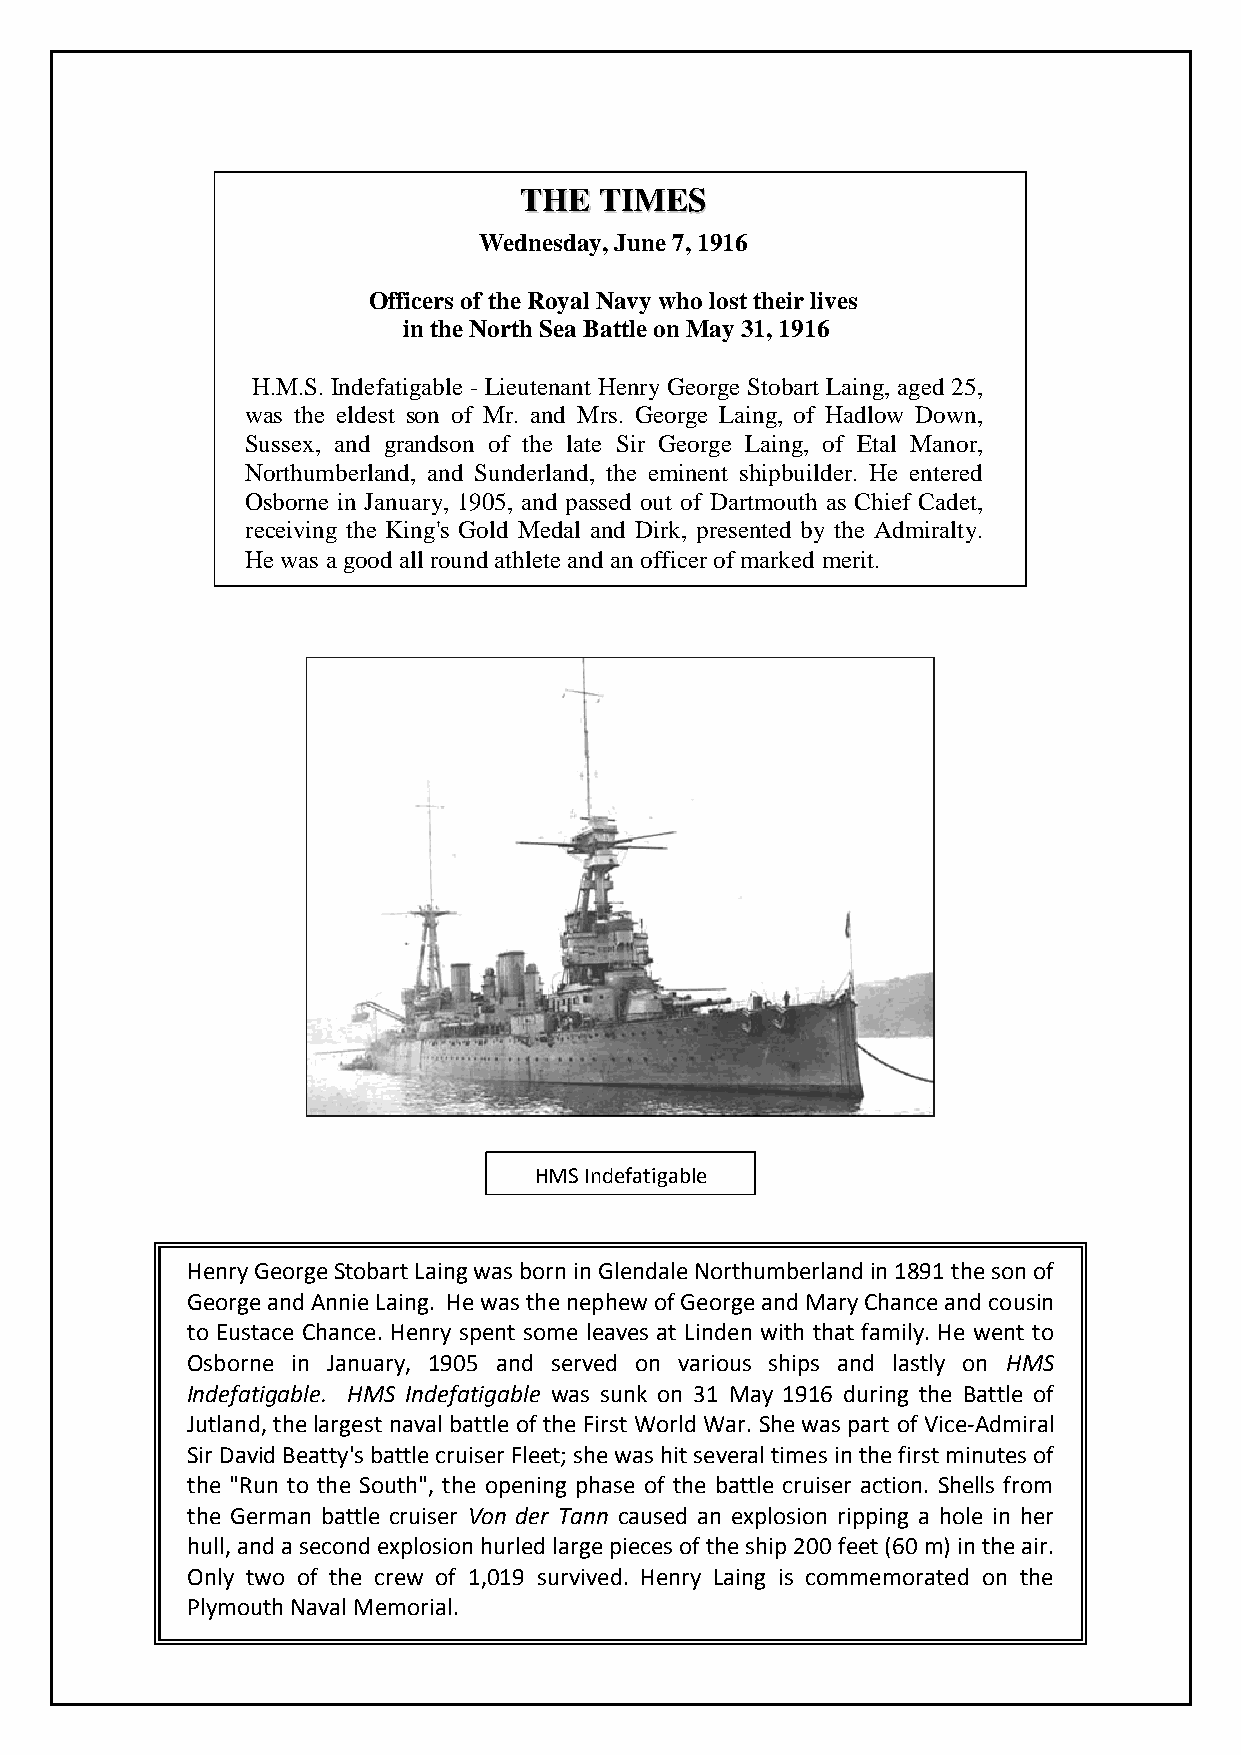
TTHHEE TTIIMMEESS
 Wednesday, June 7, 1916
 Officers of the Royal Navy who lost their lives
 in the North Sea Battle on May 31, 1916
 H.M.S. Indefatigable - Lieutenant Henry George Stobart Laing, aged 25,
 was the eldest son of Mr. and Mrs. George Laing, of Hadlow Down,
 Sussex, and grandson of the late Sir George Laing, of Etal Manor,
 Northumberland, and Sunderland, the eminent shipbuilder. He entered
 Osborne in January, 1905, and passed out of Dartmouth as Chief Cadet,
 receiving the King's Gold Medal and Dirk, presented by the Admiralty.
 He was a good all round athlete and an officer of marked merit.
 HMS Indefatigable
 Henry George Stobart Laing was born in Glendale Northumberland in 1891 the son of
 George and Annie Laing. He was the nephew of George and Mary Chance and cousin
 to Eustace Chance. Henry spent some leaves at Linden with that family. He went to
 Osborne in January, 1905 and served on various ships and lastly on HMS
 Indefatigable. HMS Indefatigable was sunk on 31 May 1916 during the Battle of
 Jutland, the largest naval battle of the First World War. She was part of Vice-Admiral
 Sir David Beatty's battle cruiser Fleet; she was hit several times in the first minutes of
 the "Run to the South", the opening phase of the battle cruiser action. Shells from
 the German battle cruiser Von der Tann caused an explosion ripping a hole in her
 hull, and a second explosion hurled large pieces of the ship 200 feet (60 m) in the air.
 Only two of the crew of 1,019 survived. Henry Laing is commemorated on the
 Plymouth Naval Memorial.